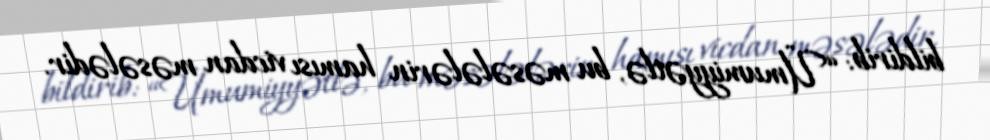
bildirib: “Ümumiyyətlə, bu məsələlərin hamısı vicdan məsələdir.